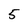
Character: 5